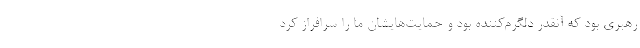
رهبری بود که آنقدر دلگرم‌کننده بود و حمایت‌هایشان ما را سرافراز کرد